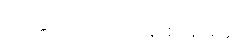
တက္ကသိုလ်ဝင်တန်းစာမေးပွဲ